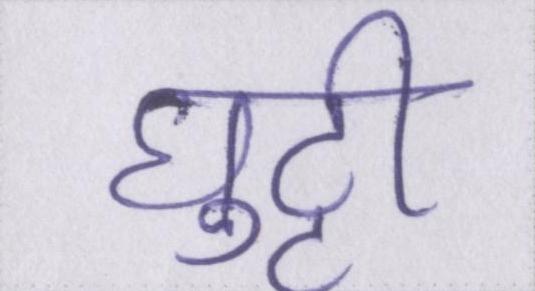
घुट्टी